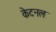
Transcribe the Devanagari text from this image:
केटनल